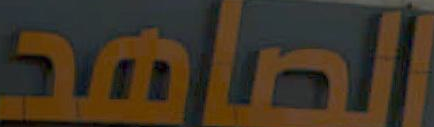
الصامد